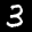
Label: 3